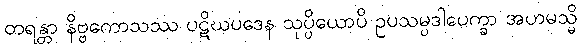
တရန္တာ နိဗ္ဗကောသဿ ပဋိဃပဒေန သုပ္ပိယောပိ ဥပသမ္ပဒါပေက္ခာ အဟမသ္မိ